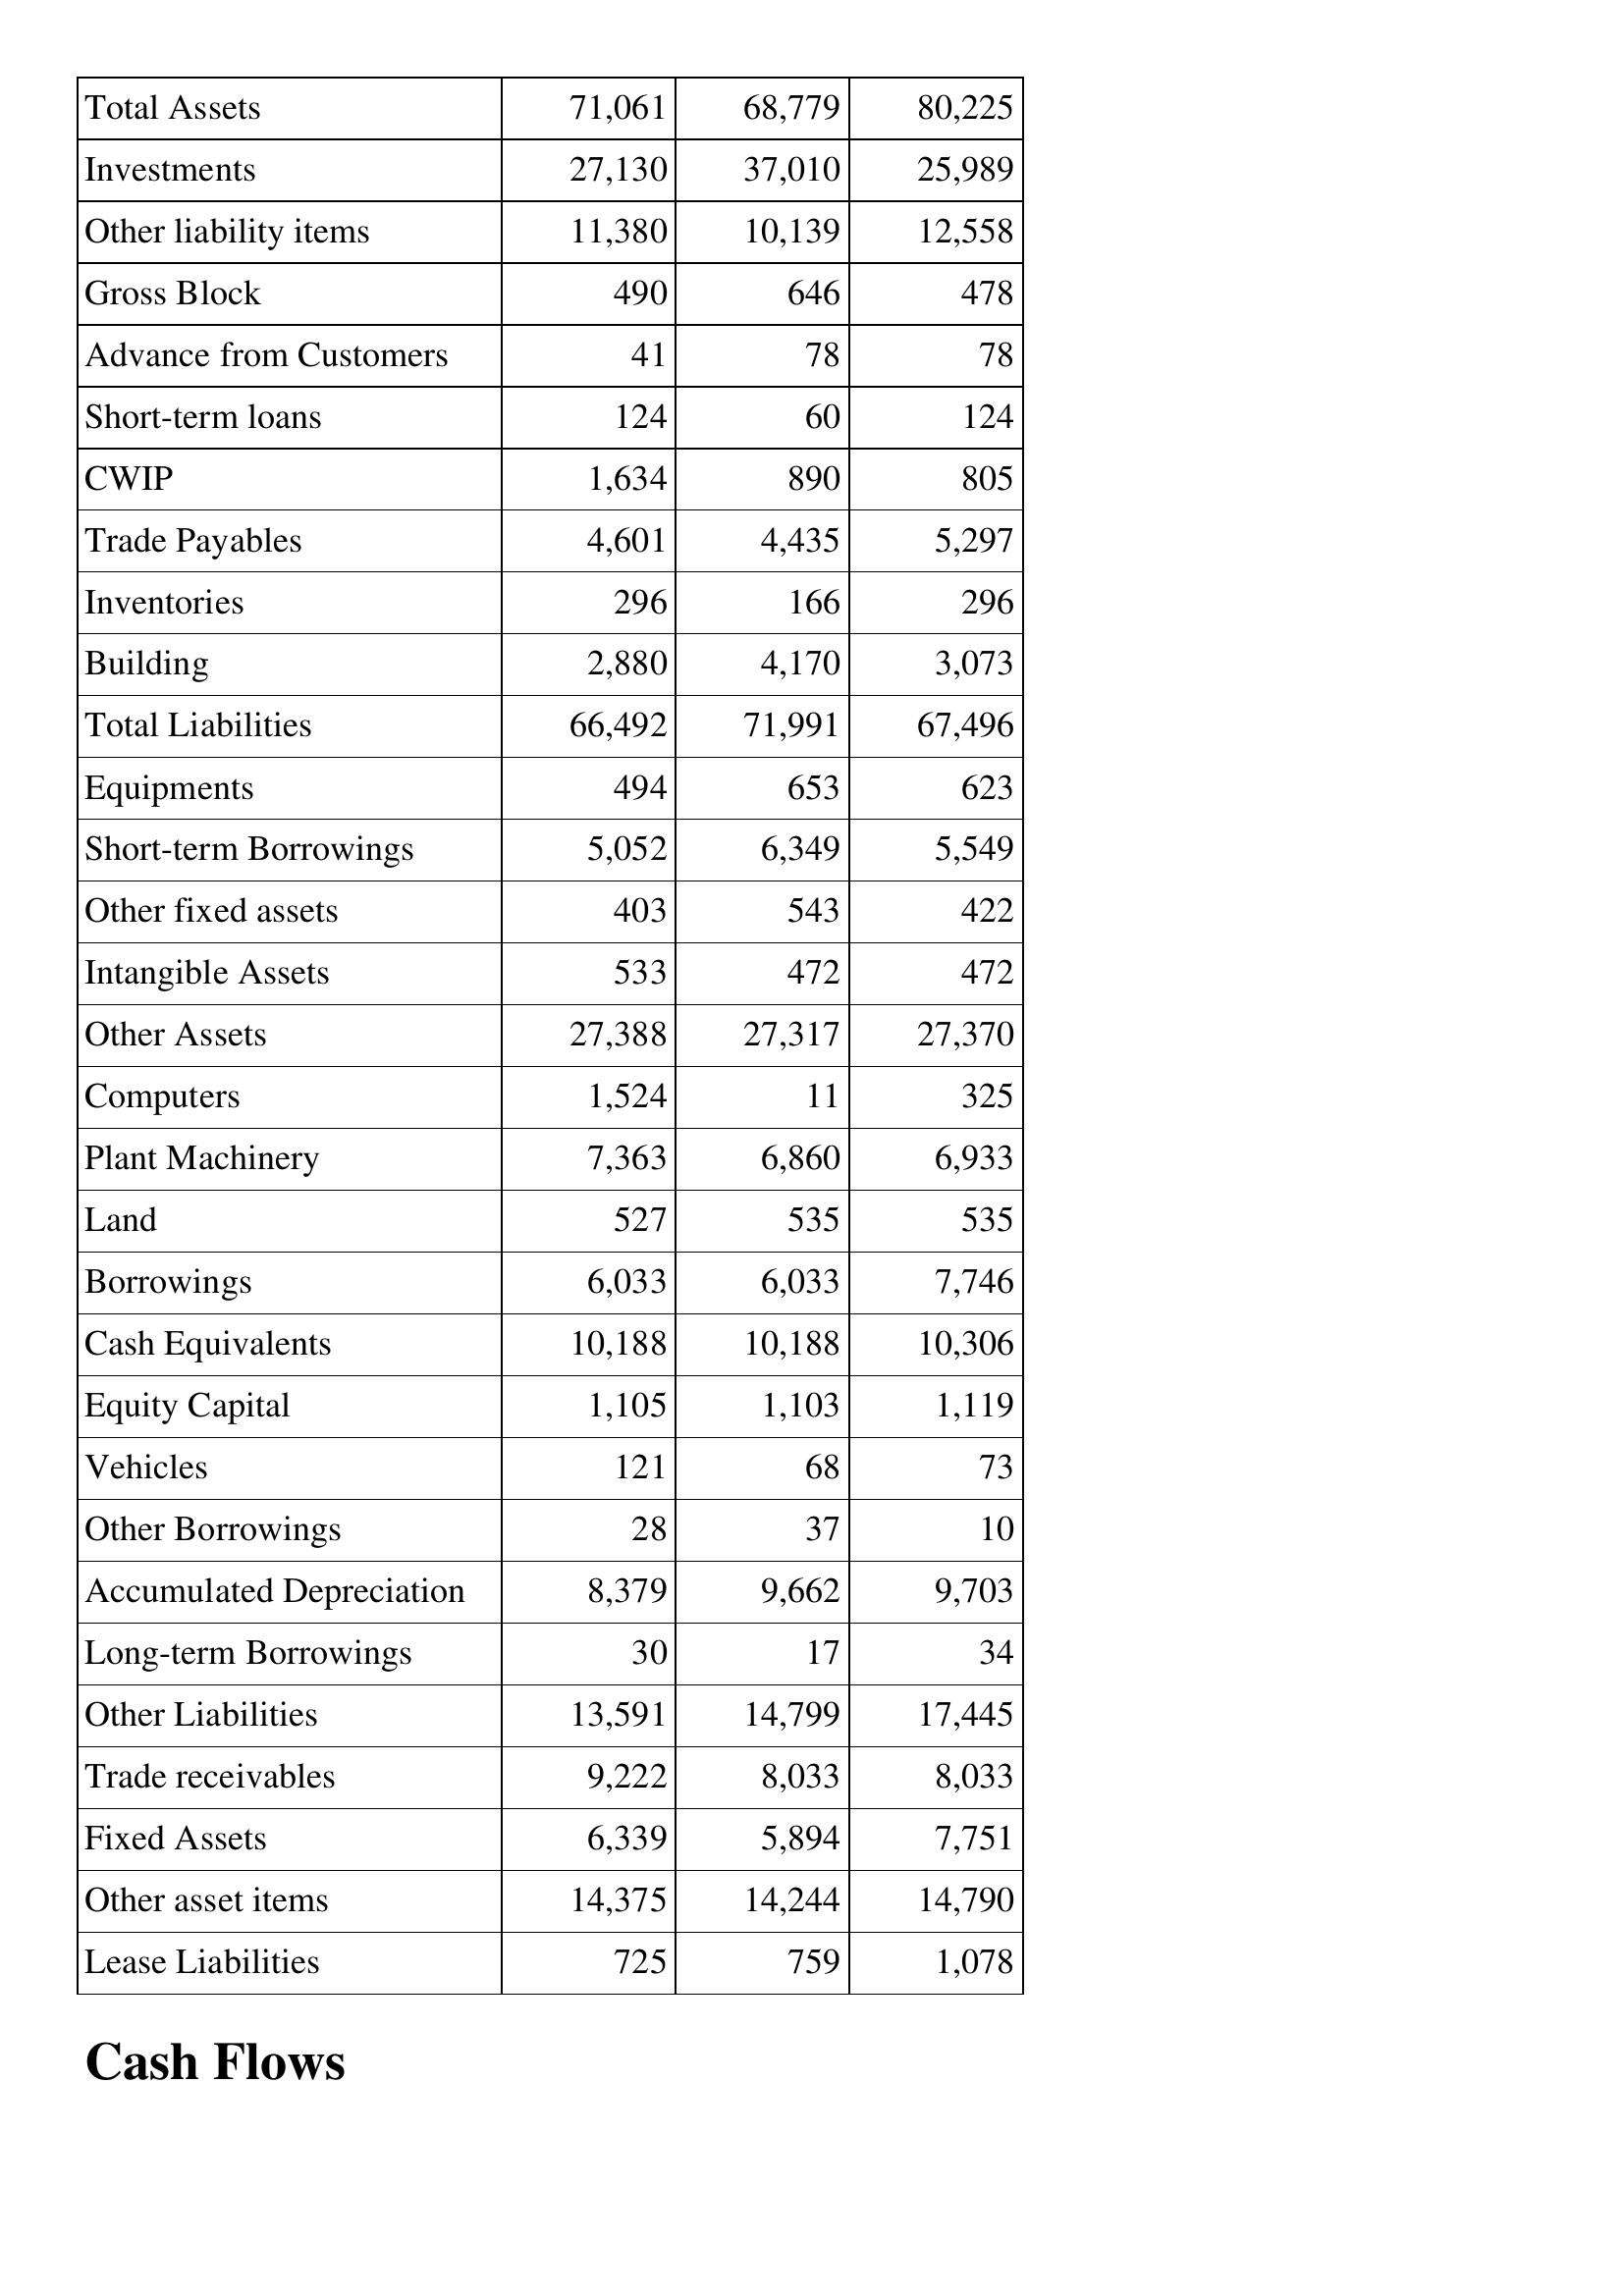
Mar-93: Balance Sheet: Total Assets: 71,061
Investments: 27,130
Other liability items: 11,380
Gross Block: 490
Advance from Customers: 41
Short-term loans: 124
CWIP: 1,634
Trade Payables: 4,601
Inventories: 296
Building: 2,880
Total Liabilities: 66,492
Equipments: 494
Short-term Borrowings: 5,052
Other fixed assets: 403
Intangible Assets: 533
Other Assets: 27,388
Computers: 1,524
Plant Machinery: 7,363
Land: 527
Borrowings: 6,033
Cash Equivalents: 10,188
Equity Capital: 1,105
Vehicles: 121
Other Borrowings: 28
Accumulated Depreciation: 8,379
Long-term Borrowings: 30
Other Liabilities: 13,591
Trade receivables: 9,222
Fixed Assets: 6,339
Other asset items: 14,375
Lease Liabilities: 725
Mar-92: Balance Sheet: Total Assets: 68,779
Investments: 37,010
Other liability items: 10,139
Gross Block: 646
Advance from Customers: 78
Short-term loans: 60
CWIP: 890
Trade Payables: 4,435
Inventories: 166
Building: 4,170
Total Liabilities: 71,991
Equipments: 653
Short-term Borrowings: 6,349
Other fixed assets: 543
Intangible Assets: 472
Other Assets: 27,317
Computers: 11
Plant Machinery: 6,860
Land: 535
Borrowings: 6,033
Cash Equivalents: 10,188
Equity Capital: 1,103
Vehicles: 68
Other Borrowings: 37
Accumulated Depreciation: 9,662
Long-term Borrowings: 17
Other Liabilities: 14,799
Trade receivables: 8,033
Fixed Assets: 5,894
Other asset items: 14,244
Lease Liabilities: 759
Mar-91: Balance Sheet: Total Assets: 80,225
Investments: 25,989
Other liability items: 12,558
Gross Block: 478
Advance from Customers: 78
Short-term loans: 124
CWIP: 805
Trade Payables: 5,297
Inventories: 296
Building: 3,073
Total Liabilities: 67,496
Equipments: 623
Short-term Borrowings: 5,549
Other fixed assets: 422
Intangible Assets: 472
Other Assets: 27,370
Computers: 325
Plant Machinery: 6,933
Land: 535
Borrowings: 7,746
Cash Equivalents: 10,306
Equity Capital: 1,119
Vehicles: 73
Other Borrowings: 10
Accumulated Depreciation: 9,703
Long-term Borrowings: 34
Other Liabilities: 17,445
Trade receivables: 8,033
Fixed Assets: 7,751
Other asset items: 14,790
Lease Liabilities: 1,078